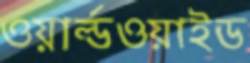
ওয়ার্ল্ডওয়াইড